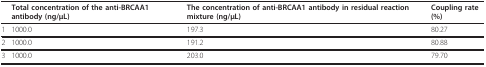
<table><thead><tr><td>[EMPTY_CELL]</td><td><b>Total concentration of the anti-BRCAA1 antibody (ng/μL)</b></td><td><b>The concentration of anti-BRCAA1 antibody in residual reaction mixture (ng/μL)</b></td><td><b>Coupling rate (%)</b></td></tr></thead><tbody><tr><td>1</td><td>1000.0</td><td>197.3</td><td>80.27</td></tr><tr><td>2</td><td>1000.0</td><td>191.2</td><td>80.88</td></tr><tr><td>3</td><td>1000.0</td><td>203.0</td><td>79.70</td></tr></tbody></table>